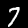
Label: 7